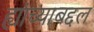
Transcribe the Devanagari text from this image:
ह्यांच्याबद्दल